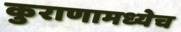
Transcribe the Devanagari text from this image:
कुराणामध्येच